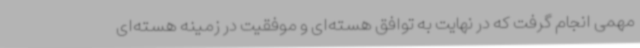
مهمی انجام گرفت که در نهایت به توافق هسته‌ای و موفقیت در زمینه هسته‌ای